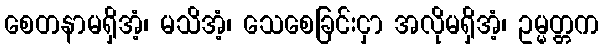
စေတနာမရှိအံ့၊ မသိအံ့၊ သေစေခြင်းငှာ အလိုမရှိအံ့၊ ဥမ္မတ္တက